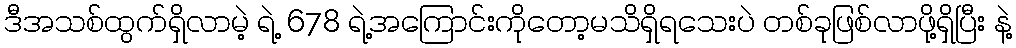
ဒီအသစ်ထွက်ရှိလာမဲ့ ရဲ့ 678 ရဲ့အကြောင်းကိုတော့မသိရှိရသေးပဲ တစ်ခုဖြစ်လာဖို့ရှိပြီး နဲ့